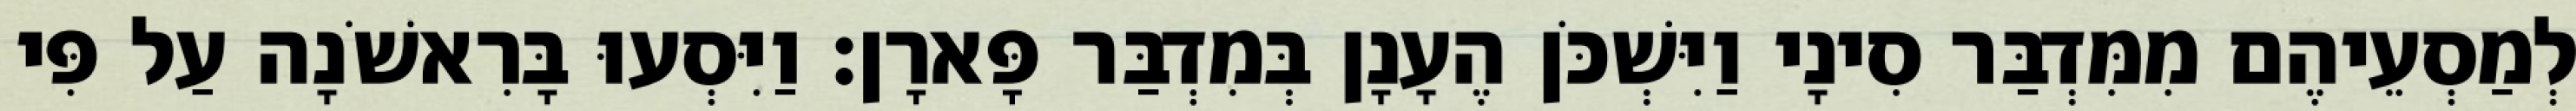
לְמַסְעֵיהֶם מִמִּדְבַּר סִינָי וַיִּשְׁכֹּן הֶעָנָן בְּמִדְבַּר פָּארָן׃ וַיִּסְעוּ בָּרִאשֹׁנָה עַל פִּי